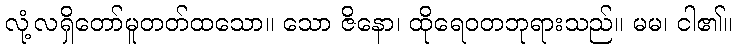
လုံ့လရှိတော်မူတတ်ထသော။ သော ဇိနော၊ ထိုရေဝတဘုရားသည်။ မမ၊ ငါ၏။